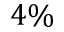
4 \%